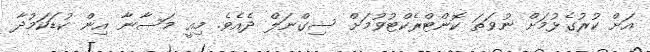
އަށް ކުރުގެޅުމަށް ނުވަތަ ކޮންޓްރެކްޓުވުމަށް ސިގްނަލް ދެއެވެ. މިއީ މަސާނާ އިން ކުޑަކަމުދާ